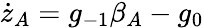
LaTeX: \dot{z}_{A}=g_{-1}\beta_{A}-g_{0}